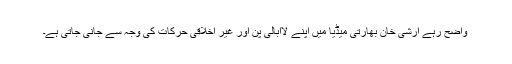
واضح رہے ارشی خان بھارتی میڈیا میں اپنے لاابالی پن اور غیر اخلاقی حرکات کی وجہ سے جانی جاتی ہے۔